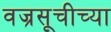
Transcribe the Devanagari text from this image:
वज्रसूचीच्या